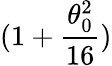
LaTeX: (1+\frac{\theta_{0}^{2}}{16})